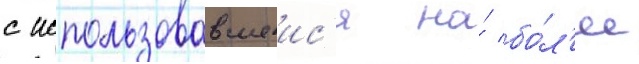
с использовавшеис'я на́ бо́л'ее